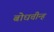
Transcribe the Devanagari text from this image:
बोधचीन्ह